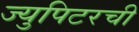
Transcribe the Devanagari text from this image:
ज्युपिटरची